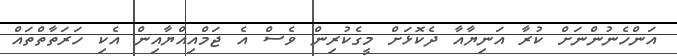
އަންހެނުންނަށް ކުރާ އަނިޔާއާ ދެކޮޅަށް މީގެކުރިން ވެސް އެ ޖަމްއިއްޔާއިން އެކި ހަރަތާތްތައް